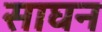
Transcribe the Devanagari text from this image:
साघन